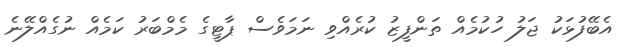
އެބޭފުޅަކު ޖަލު ހުކުމެއް ތަންފީޒު ކުރެއްވި ނަމަވެސް ޕާޓީގެ މެމްބަރު ކަމެއް ނުގެއްލޭނެ